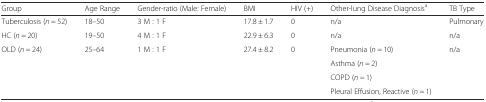
<table><thead><tr><td><b>Group</b></td><td><b>Age Range</b></td><td><b>Gender-ratio (Male: Female)</b></td><td><b>BMI</b></td><td><b>HIV (+)</b></td><td><b>Other-lung Disease Diagnosis<sup>a</sup></b></td><td><b>TB Type</b></td></tr></thead><tbody><tr><td>Tuberculosis (<i>n</i> = 52)</td><td>18–50</td><td>3 M : 1 F</td><td>17.8 ± 1.7</td><td>0</td><td>n/a</td><td>Pulmonary</td></tr><tr><td>HC (<i>n</i> = 20)</td><td>19–50</td><td>4 M : 1 F</td><td>22.9 ± 6.3</td><td>0</td><td>n/a</td><td>n/a</td></tr><tr><td>OLD (<i>n</i> = 24)</td><td>25–64</td><td>1 M : 1 F</td><td>27.4 ± 8.2</td><td>0</td><td>Pneumonia (<i>n</i> = 10)</td><td>n/a</td></tr><tr><td></td><td></td><td></td><td></td><td></td><td>Asthma (<i>n</i> = 2)</td><td></td></tr><tr><td></td><td></td><td></td><td></td><td></td><td>COPD (<i>n =</i> 1)</td><td></td></tr><tr><td></td><td></td><td></td><td></td><td></td><td>Pleural Effusion, Reactive (<i>n</i> = 1)</td><td></td></tr></tbody></table>